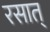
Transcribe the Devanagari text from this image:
रसात्